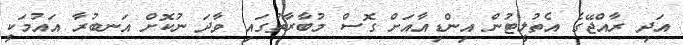
އަދި ރާއްޖޭގެ އެތުލީޓުން އިންޑިއާއަށް ގޮސް މުބާރާތުގައި ވާދަ ނުކޮށް އަނބުރާ އައުމަކީ